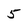
Character: 5